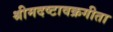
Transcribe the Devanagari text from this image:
श्रीमदष्टावक्रगीता